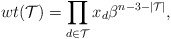
\begin{gather*}wt({\cal{T}}) = \prod_{ d \in {\cal{T}}} x_{d} \beta^{n-3- |{\cal{T}}|},\end{gather*}